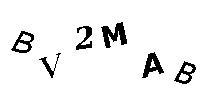
BV2MAB